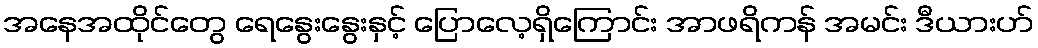
အနေအထိုင်တွေ ရေနွေးနွေးနှင့် ပြောလေ့ရှိကြောင်း အာဖရိကန် အမင်း ဒီယားဟ်